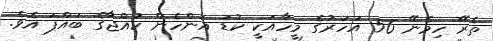
ތެރޭ ހިމެނޭ 56 އަހަރުގެ މީހާއަކީ ކުޑަ އަންހެން ކުއްޖާގެ ބައްޕަ އެވެ.